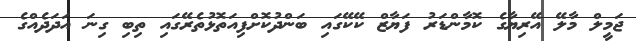
ޖަމީލް މާލޭ އޭރިޔާގެ ކޮމާންޑަރު ފަޔާޒް ކޭކޭގައި ބަންދުކޮށްފިއަތޮޅުތެރޭގައި ތިބި ގިނަ އަދަދެއްގެ